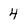
Character: 4